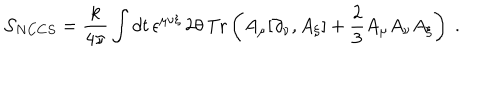
{ \cal S } _ { N C C S } = \frac { k } { 4 \pi } \int d t \, \epsilon ^ { \mu \nu \xi } \, 2 \theta \, \mathrm { T r } \left( A _ { \mu } [ \partial _ { \nu } , A _ { \xi } ] + \frac { 2 } { 3 } A _ { \mu } A _ { \nu } A _ { \xi } \right) ~ .